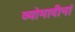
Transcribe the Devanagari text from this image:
व्योमादीनां